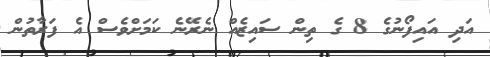
އަދި އައިފޯނުގެ 8 ގެ ތިން ސައިޒެއް ނެރޭނެ ކަމަށްވެސް އެ ފަރާތުން